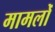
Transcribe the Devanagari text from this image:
मामलोँ